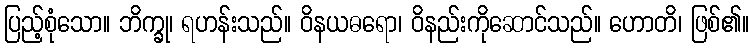
ပြည့်စုံသော။ ဘိက္ခု၊ ရဟန်းသည်။ ဝိနယဓရော၊ ဝိနည်းကိုဆောင်သည်။ ဟောတိ၊ ဖြစ်၏။